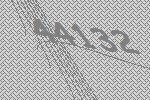
44132